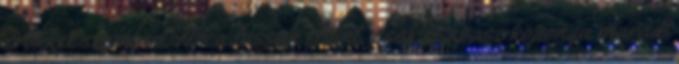
erőkkel szemben. Arca lassan eltűnt, csak csupasz koponya maradt